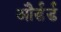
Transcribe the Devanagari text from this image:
और्डर्ड